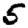
Digit: 5